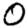
Digit: 0